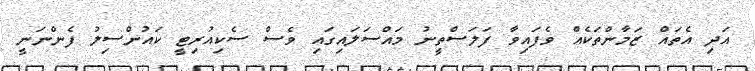
އަދި އެތައް ޒަމާންތަކެއް ވެފައިވާ ފަލަސްތީނު މައްސަލައިގައި ވެސް ސެކިއުރިޓީ ކައުންސިލު ފެންނަނީ